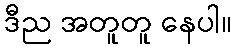
ဒီည အတူတူ နေပါ။